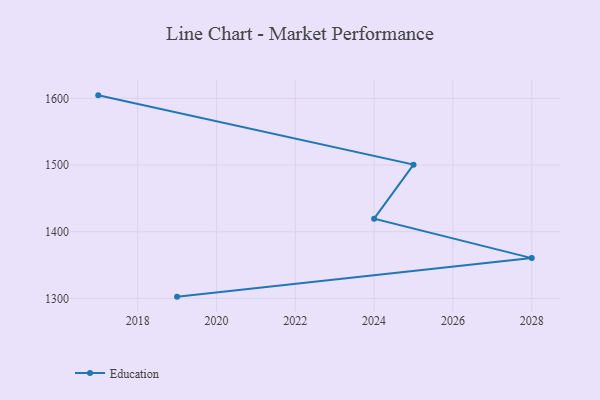
{"axis": {"x": "Year", "y": "Demand Index"}, "legend": ["Education"], "data": [{"x": "2019", "y": 1302.6, "type": "Education"}, {"x": "2028", "y": 1360.4, "type": "Education"}, {"x": "2024", "y": 1419.6, "type": "Education"}, {"x": "2025", "y": 1500.6, "type": "Education"}, {"x": "2017", "y": 1604.5, "type": "Education"}]}